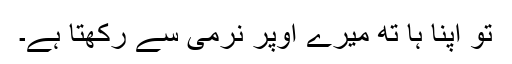
تو اپنا ہا تھ میرے اُوپر نرمی سے رکھتا ہے۔